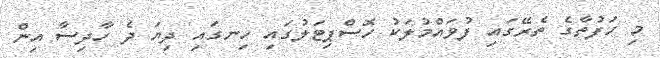
މި ހަފުތާގެ ތެރޭގައި ފުވައްމުލަކު ހޮސްޕިޓަލުގައި ހިނގައި ދިޔަ ދެ ހާދިސާ އިން